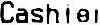
CASHIER